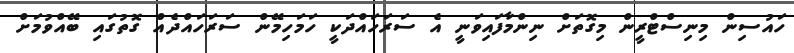
ހައުސިން މިނިސްޓްރީން މިގޮތަށް ނިންމާފައިވަނީ އެ ސަރަހައްދަކީ ހަމަހިމޭން ސަރަހައްދެއް ގޮތުގައި ބޭއްވުމަށް